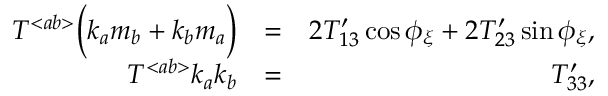
\begin{array} { r l r } { { \cal T } ^ { < a b > } \Big ( k _ { a } m _ { b } + k _ { b } m _ { a } \Big ) } & { = } & { 2 { \cal T } _ { 1 3 } ^ { \prime } \cos \phi _ { \xi } + 2 { \cal T } _ { 2 3 } ^ { \prime } \sin \phi _ { \xi } , } \\ { { \cal T } ^ { < a b > } k _ { a } k _ { b } } & { = } & { { \cal T } _ { 3 3 } ^ { \prime } , } \end{array}